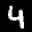
Label: 4